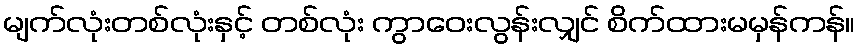
မျက်လုံးတစ်လုံးနှင့် တစ်လုံး ကွာဝေးလွန်းလျှင် စိက်ထားမမှန်ကန်။